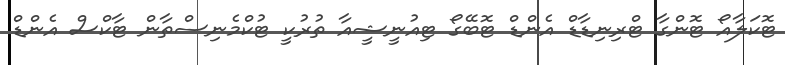
ޓޮކަލާއޯ ޓޮންގާ ޓްރިނިޑާޑް އެންޑް ޓޮބޭގޯ ޓިއުނީޝީއާ ތުރުކީ ޓުކްމެނިސްތާން ޓާކްސް އެންޑް